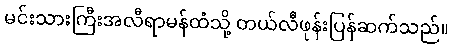
မင်းသားကြီးအလီရာမန်ထံသို့ တယ်လီဖုန်းပြန်ဆက်သည်။